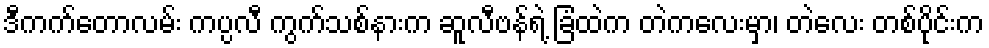
ဒီကက်တောလမ်း ကပ္ပလီ ကွက်သစ်နားက ဆူလီဗန်ရဲ့ ခြံထဲက တဲကလေးမှာ၊ တဲလေး တစ်ပိုင်းက